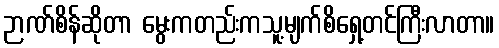
ဉာဏ်စိန်ဆိုတာ မွေးကတည်းကသူ့မျက်စိရှေ့တင်ကြီးလာတာ။